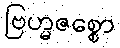
ဗြဟ္မဇစ္စော